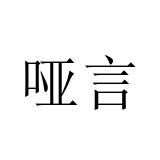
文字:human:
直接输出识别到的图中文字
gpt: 哑言